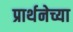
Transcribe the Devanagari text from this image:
प्रार्थनेच्या